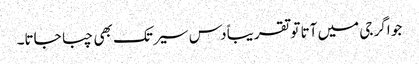
جو اگر جی میں آتا تو تقریباً دس سیر تک بھی چبا جاتا۔